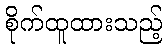
စိုက်ထူထားသည့်